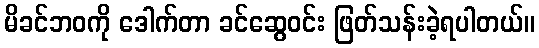
မိခင်ဘဝကို ဒေါက်တာ ခင်ဆွေဝင်း ဖြတ်သန်းခဲ့ရပါတယ်။